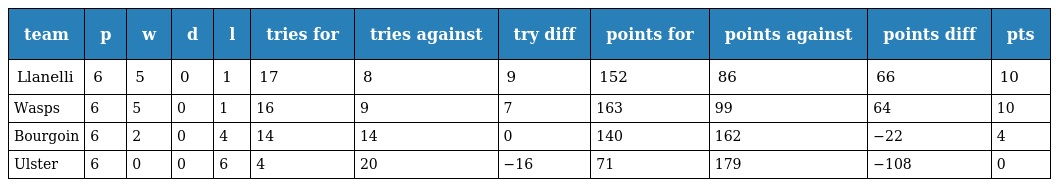
| team | p | w | d | l | tries for | tries against | try diff | points for | points against | points diff | pts |
 | --- | --- | --- | --- | --- | --- | --- | --- | --- | --- | --- | --- |
 | Llanelli | 6 | 5 | 0 | 1 | 17 | 8 | 9 | 152 | 86 | 66 | 10 |
 | Wasps | 6 | 5 | 0 | 1 | 16 | 9 | 7 | 163 | 99 | 64 | 10 |
 | Bourgoin | 6 | 2 | 0 | 4 | 14 | 14 | 0 | 140 | 162 | −22 | 4 |
 | Ulster | 6 | 0 | 0 | 6 | 4 | 20 | −16 | 71 | 179 | −108 | 0 |